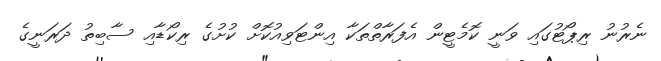
ނެރުނު ރިޕޯޓުގައި ވަނީ ކޮމެޓީން އެފަރާތްތަކާ އިންޓަވިއުކޮށް ކުށުގެ ރިކޯޑާއި ސާބިތު ދަރަނީގެ